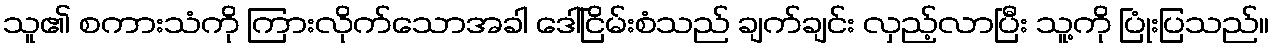
သူ၏ စကားသံကို ကြားလိုက်သောအခါ ဒေါ်ငြိမ်းစံသည် ချက်ချင်း လှည့်လာပြီး သူ့ကို ပြုံးပြသည်။